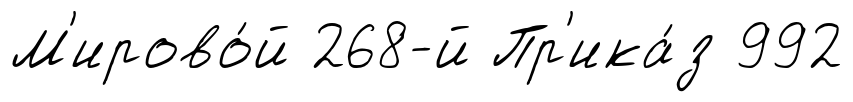
М'ирово́й 268-й Пр'ика́з 992